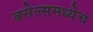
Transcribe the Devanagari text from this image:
ब्रसेल्समध्येच